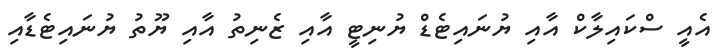
އެއީ ސްކައިލާކް އާއި ޔުނައިޓެޑް ޔުނިޓީ އާއި ޒެނިތު އާއި ޔޫތު ޔުނައިޓެޑާއި